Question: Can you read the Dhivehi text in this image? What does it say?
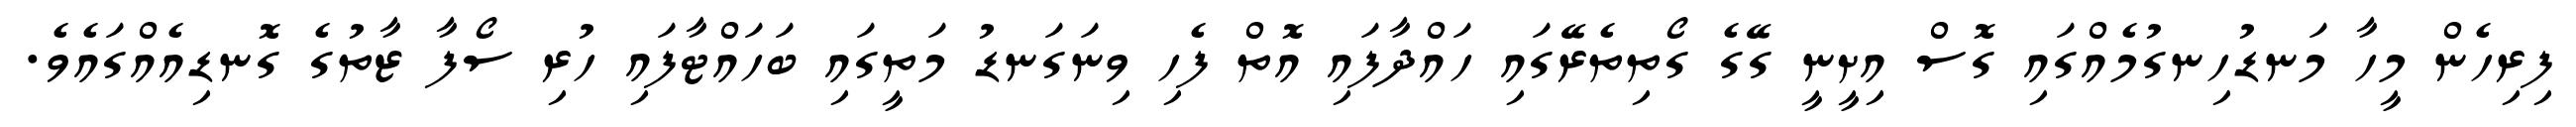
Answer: ފިރިހެން މީހާ މަނޑުހިނގުމެއްގައި ގޮސް އިށީނީ ގޭގެ ގޯތިތެރޭގައި ހައްދާފައި އޮތް ފެހި ވިނަގަނޑު މަތީގައި ބަހައްޓާފައި ހުރި ސޯފާ ޒާތުގެ ގޮނޑިއެއްގައެވެ.